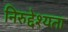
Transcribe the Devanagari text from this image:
निरुद्देश्यता